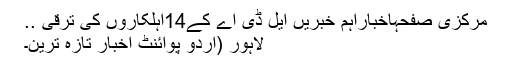
مرکزی صفحہاخباراہم خبریں ایل ڈی اے کے14اہلکاروں کی ترقی ..
لاہور (اُردو پوائنٹ اخبار تازہ ترین۔